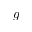
g